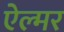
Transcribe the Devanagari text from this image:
ऐल्मर